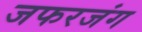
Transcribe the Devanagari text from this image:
जफरजंग